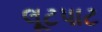
લૂટપાટ